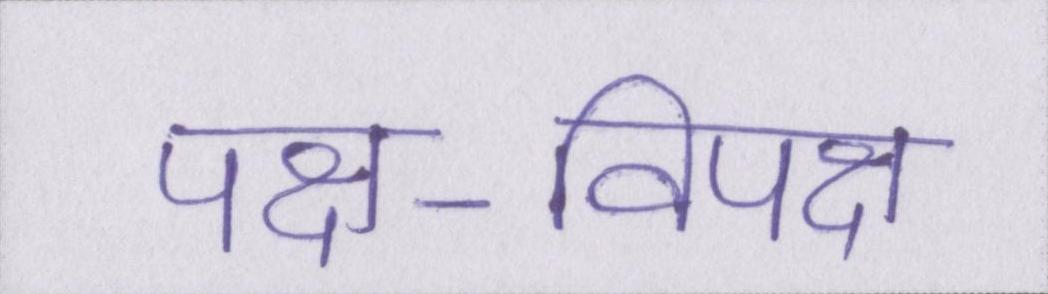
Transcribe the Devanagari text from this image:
पक्ष-विपक्ष